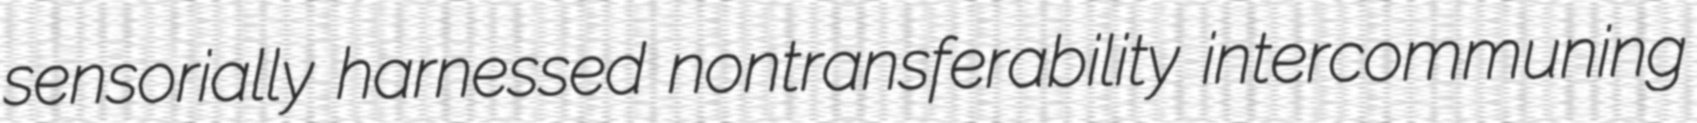
sensorially harnessed nontransferability intercommuning